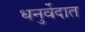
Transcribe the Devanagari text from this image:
धनुर्वेदात